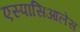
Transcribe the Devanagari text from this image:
एस्पासिआलेस